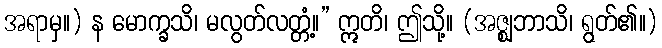
အရာမှ။) န မောက္ခသိ၊ မလွတ်လတ္တံ့။” ဣတိ၊ ဤသို့။ (အဇ္ဈဘာသိ၊ ရွတ်၏။)